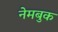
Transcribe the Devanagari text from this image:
नेमबुक